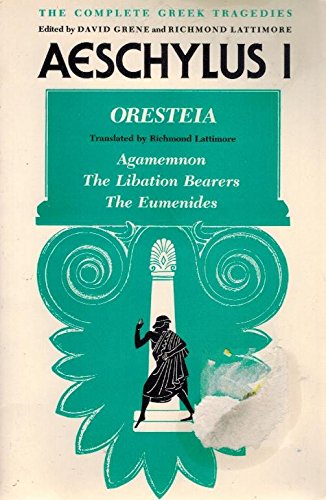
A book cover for Complete Greek Tragedies: Aeschylus I; trans Aeschylus / Richmond Lattimore; Literature & Fiction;